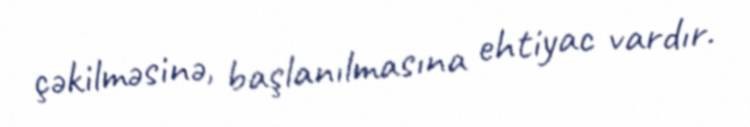
çəkilməsinə, başlanılmasına ehtiyac vardır.